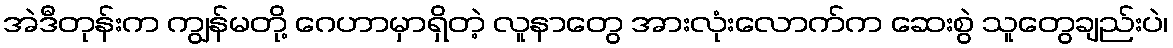
အဲဒီတုန်းက ကျွန်မတို့ ဂေဟာမှာရှိတဲ့ လူနာတွေ အားလုံးလောက်က ဆေးစွဲ သူတွေချည်းပဲ၊